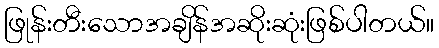
ဖြုန်းတီးသောအချိန်အဆိုးဆုံးဖြစ်ပါတယ်။